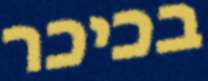
בכיכר